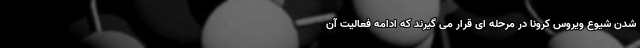
شدن شیوع ویروس کرونا در مرحله ای قرار می گیرند که ادامه فعالیت آن